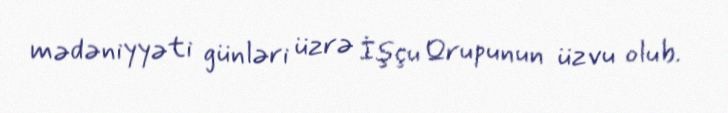
mədəniyyəti günləri üzrə İşçu Qrupunun üzvu olub.